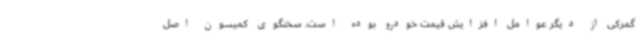
گمرکی از دیگر عوامل افزایش قیمت خودرو بوده است. سخنگوی کمیسون اصل